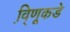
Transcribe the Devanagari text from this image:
वि़्णूकडे